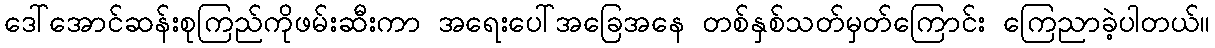
ဒေါ်အောင်ဆန်းစုကြည်ကိုဖမ်းဆီးကာ အရေးပေါ်အခြေအနေ တစ်နှစ်သတ်မှတ်ကြောင်း ကြေညာခဲ့ပါတယ်။